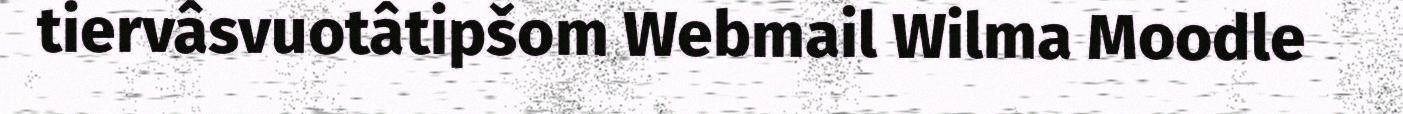
tiervâsvuotâtipšom Webmail Wilma Moodle